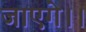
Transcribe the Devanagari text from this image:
जाएगे।।